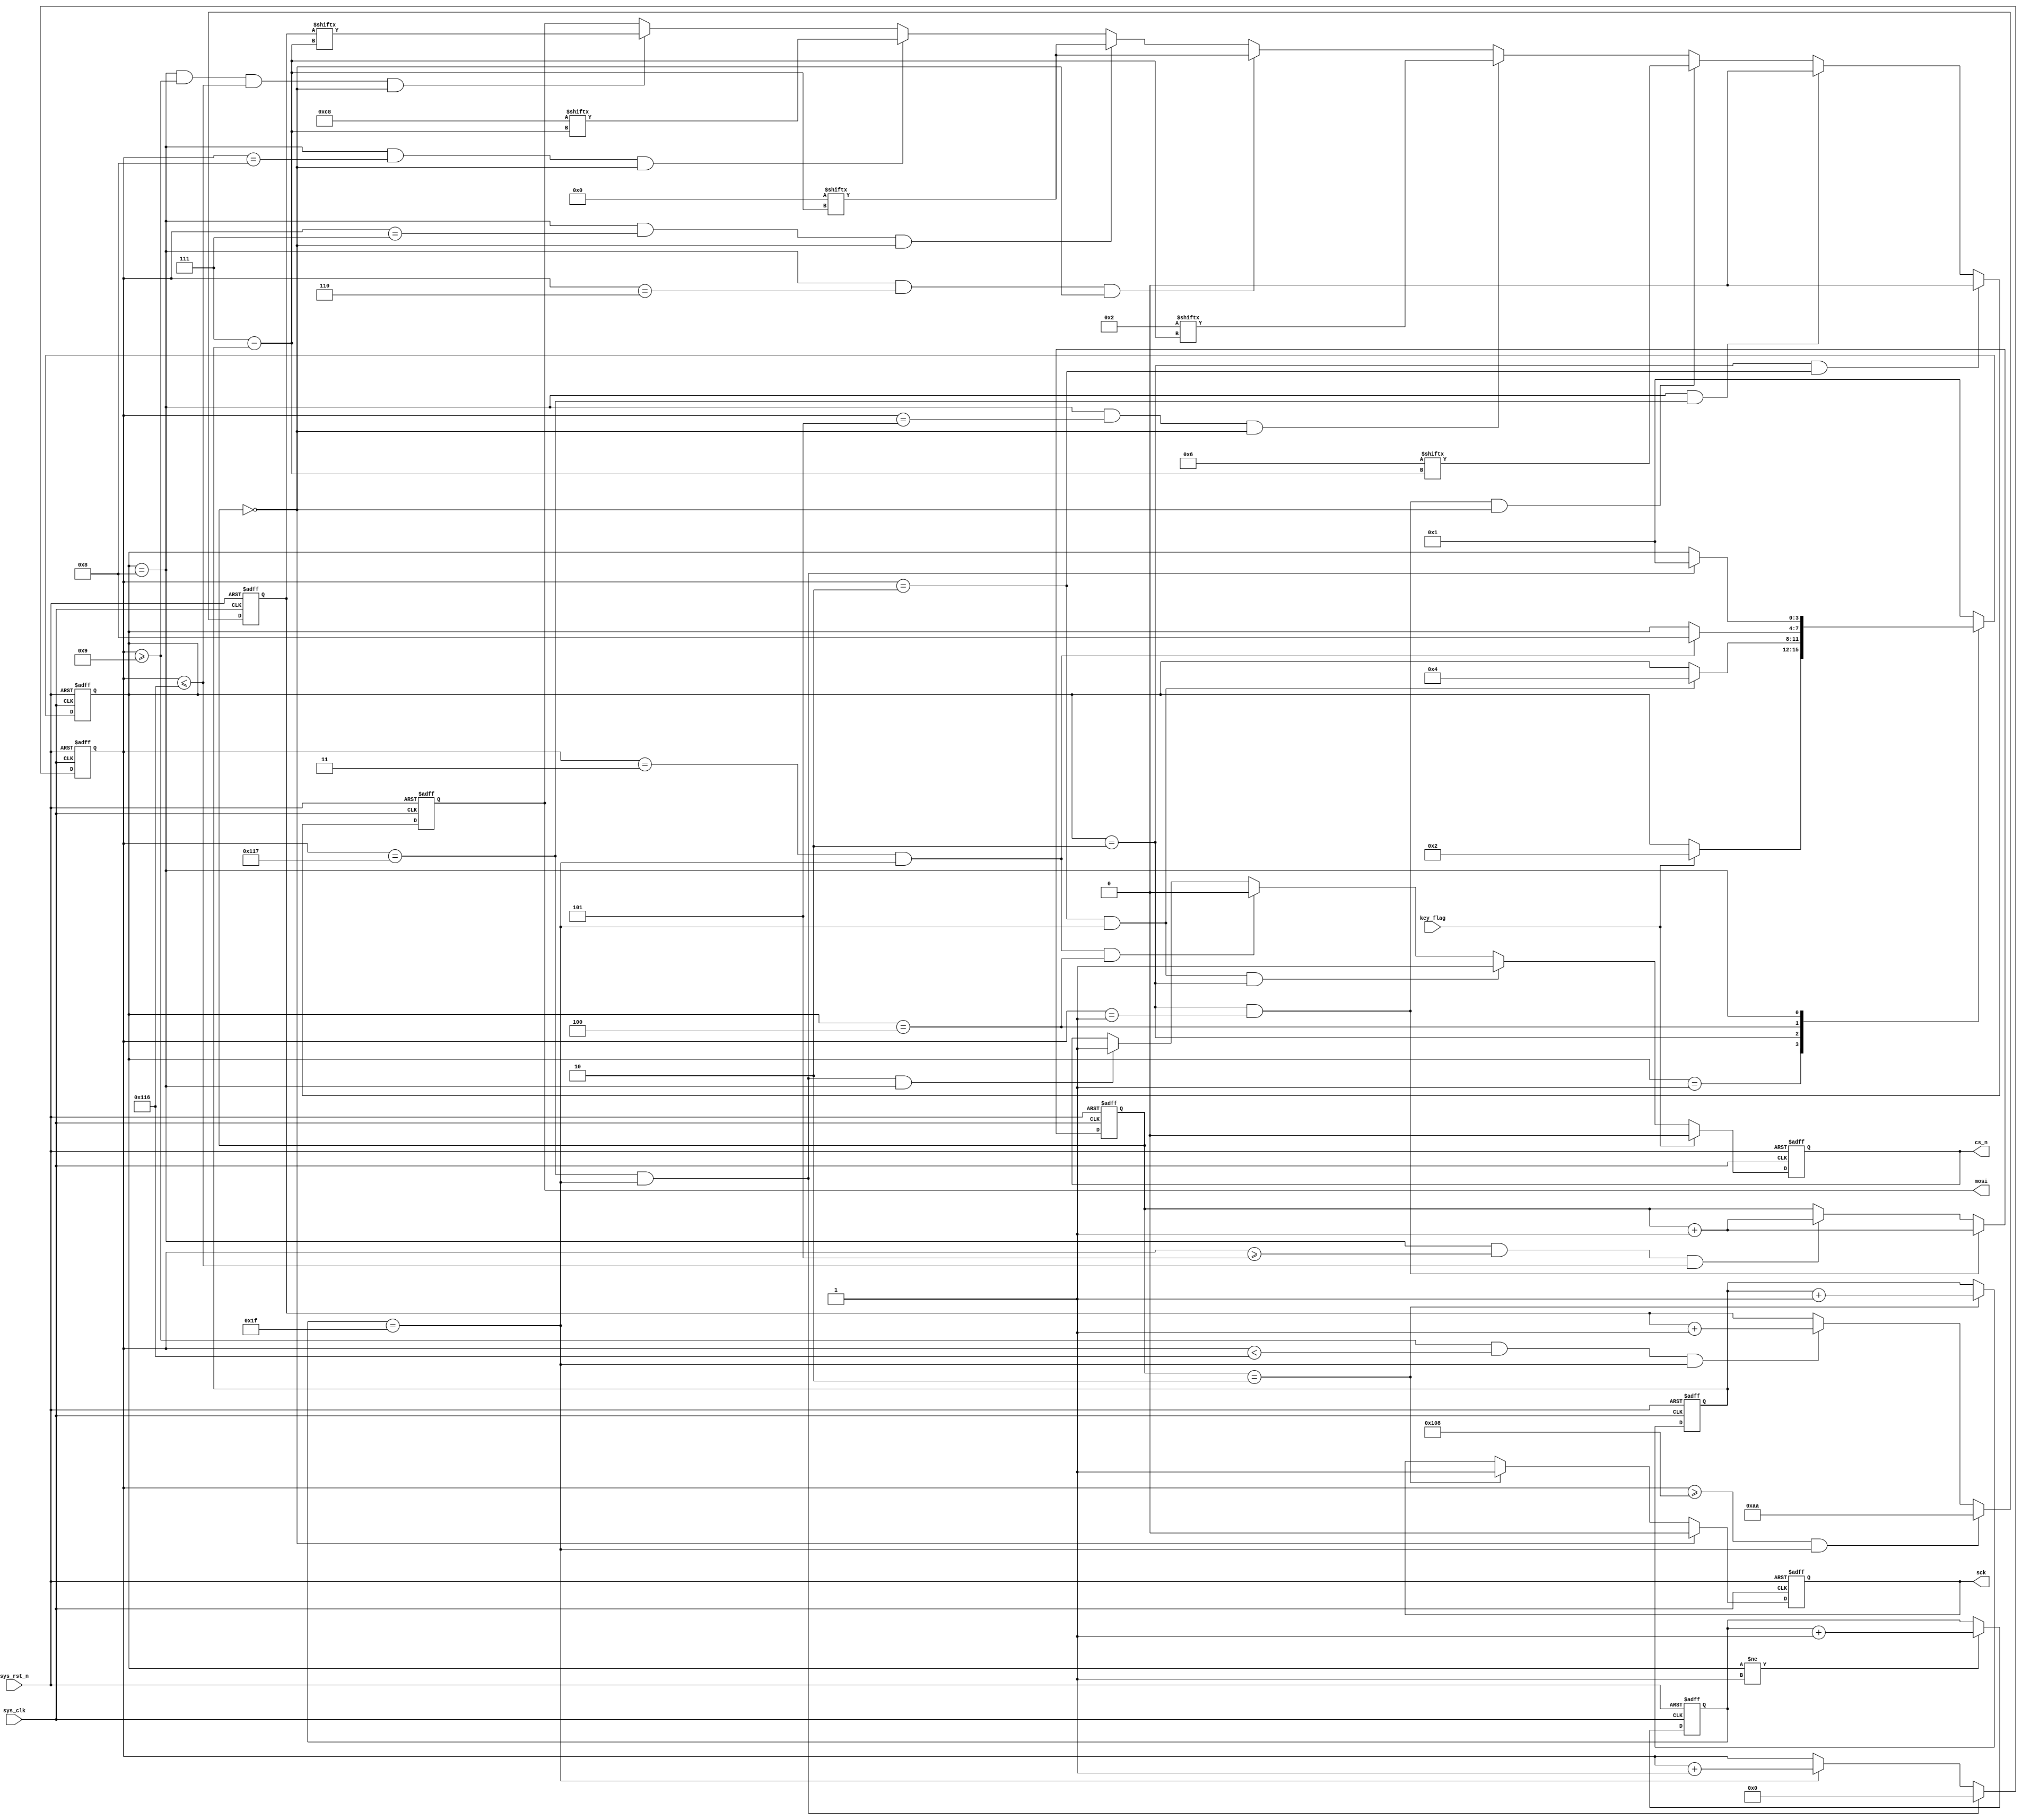
module  flash_pp_ctrl
(
    input   wire            sys_clk     ,
    input   wire            sys_rst_n   ,
    input   wire            key_flag    ,

    output  reg             cs_n        ,
    output  reg             sck         ,
    output  reg             mosi
);

parameter   IDLE  = 4'B0001,
            WREN  = 4'B0010,
            DELAY = 4'B0100,
            PP    = 4'B1000;

parameter   DATA_NUM = 'd270;

parameter   WREN_IN = 8'B0000_0110,
            PP_IN   = 8'B0000_0010,
            S_ADDR  = 8'B0000_0000,
            P_ADDR  = 8'B0000_0000,
            B_ADDR  = 8'B1100_1000;

reg     [3:0]   state   ;
reg     [4:0]   cnt_clk ;
reg     [15:0]  cnt_byte;
reg     [1:0]   cnt_sck ;
reg     [2:0]   cnt_bit ;
reg     [7:0]   data    ;

always@(posedge sys_clk or negedge sys_rst_n)
    if(sys_rst_n == 1'b0)
        state   <=  IDLE;
    else
        case(state)
            IDLE :if(key_flag == 1'b1)
                    state   <=  WREN;
            WREN :if(cnt_byte == 4'd2 && cnt_clk == 5'd31)
                    state   <=  DELAY;
            DELAY:if(cnt_byte == 4'd3 && cnt_clk == 5'd31)
                    state   <=  PP;
            PP   :if(cnt_byte == (DATA_NUM + 4'd9) && cnt_clk == 5'd31)
                    state   <=  IDLE;
            default:state   <=  IDLE;
        endcase

always@(posedge sys_clk or negedge sys_rst_n)
    if(sys_rst_n == 1'b0)
        cnt_clk <=  5'd0;
    else    if(state != IDLE)
        cnt_clk <=  cnt_clk + 1'b1;

always@(posedge sys_clk or negedge sys_rst_n)
    if(sys_rst_n == 1'b0)
        cnt_byte    <=  16'd0;
    else    if(cnt_byte == (DATA_NUM + 16'd9) && cnt_clk == 5'd31)
        cnt_byte    <=  16'd0;
    else    if(cnt_clk == 5'd31)
        cnt_byte    <=  cnt_byte + 1'b1;

always@(posedge sys_clk or negedge sys_rst_n)
    if(sys_rst_n == 1'b0)
        cnt_sck <=  2'd0;
    else    if(state == WREN && cnt_byte == 16'd1)
        cnt_sck <=  cnt_sck + 1'b1;
    else    if(state == PP && cnt_byte >= 16'd5 && cnt_byte <= (16'd9 + DATA_NUM - 1))
        cnt_sck <=  cnt_sck + 1'b1;

always@(posedge sys_clk or negedge sys_rst_n)
    if(sys_rst_n == 1'b0)
        cnt_bit <=  3'd0;
    else    if(cnt_sck == 2'd2)
        cnt_bit <=  cnt_bit + 1'b1;

always@(posedge sys_clk or negedge sys_rst_n)
    if(sys_rst_n == 1'b0)
        cs_n    <=  1'b1;
    else    if(key_flag == 1'b1)
        cs_n    <=  1'b0;
    else    if(cnt_byte == 16'd2 && cnt_clk == 5'd31 && state == WREN)
        cs_n    <=  1'b1;
    else    if(cnt_byte == 16'd3 && cnt_clk == 5'd31 && state == DELAY)
        cs_n    <=  1'b0;
    else    if(cnt_byte == (16'd9 + DATA_NUM) && cnt_clk == 5'd31 && state == PP)
        cs_n    <=  1'b1;

always@(posedge sys_clk or negedge sys_rst_n)
    if(sys_rst_n == 1'b0)
        data    <=  8'd0;
    else    if((cnt_byte >= (16'd9 + 256 - 1)) && (cnt_clk == 5'd31))
        data    <=  8'haa;
    else    if((cnt_byte >= 16'd9) && (cnt_byte < (16'd9 + DATA_NUM - 1)) && (cnt_clk == 5'd31))
        data    <=  data + 1'b1;

always@(posedge sys_clk or negedge sys_rst_n)
    if(sys_rst_n == 1'b0)
        mosi    <=  1'b0;
    else    if(state == WREN && cnt_byte == 16'd2)
        mosi    <=  1'b0;
    else    if(state == PP && cnt_byte == (16'd9 + DATA_NUM))
        mosi    <=  1'b0;
    else    if(state == WREN && cnt_byte == 4'd1 && cnt_sck == 2'd0)
        mosi    <=  WREN_IN[7 - cnt_bit];
    else    if(state == PP && cnt_byte == 4'd5 && cnt_sck == 2'd0)
        mosi    <=  PP_IN[7 - cnt_bit];
    else    if(state == PP && cnt_byte == 4'd6 && cnt_sck == 2'd0)
        mosi    <=  S_ADDR[7 - cnt_bit];
    else    if(state == PP && cnt_byte == 4'd7 && cnt_sck == 2'd0)
        mosi    <=  P_ADDR[7 - cnt_bit];
    else    if(state == PP && cnt_byte == 4'd8 && cnt_sck == 2'd0)
        mosi    <=  B_ADDR[7 - cnt_bit];
    else    if(state == PP && (cnt_byte >= 16'd9) && (cnt_byte <= (16'd9 + DATA_NUM - 1)) && cnt_sck == 2'd0)
        mosi    <=  data[7 - cnt_bit];

always@(posedge sys_clk or negedge sys_rst_n)
    if(sys_rst_n == 1'b0)
        sck <=  1'b0;
    else    if(cnt_sck == 2'd0)
        sck <=  1'b0;
    else    if(cnt_sck == 2'd2)
        sck <=  1'b1;

endmodule